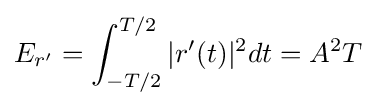
E_{r'}=\int _{-T/2}^{T/2}|r'(t)|^{2}dt=A^{2}T